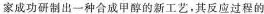
家成功研制出一种合成甲醇的新工艺，其反应过程的